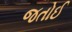
જતોઈ